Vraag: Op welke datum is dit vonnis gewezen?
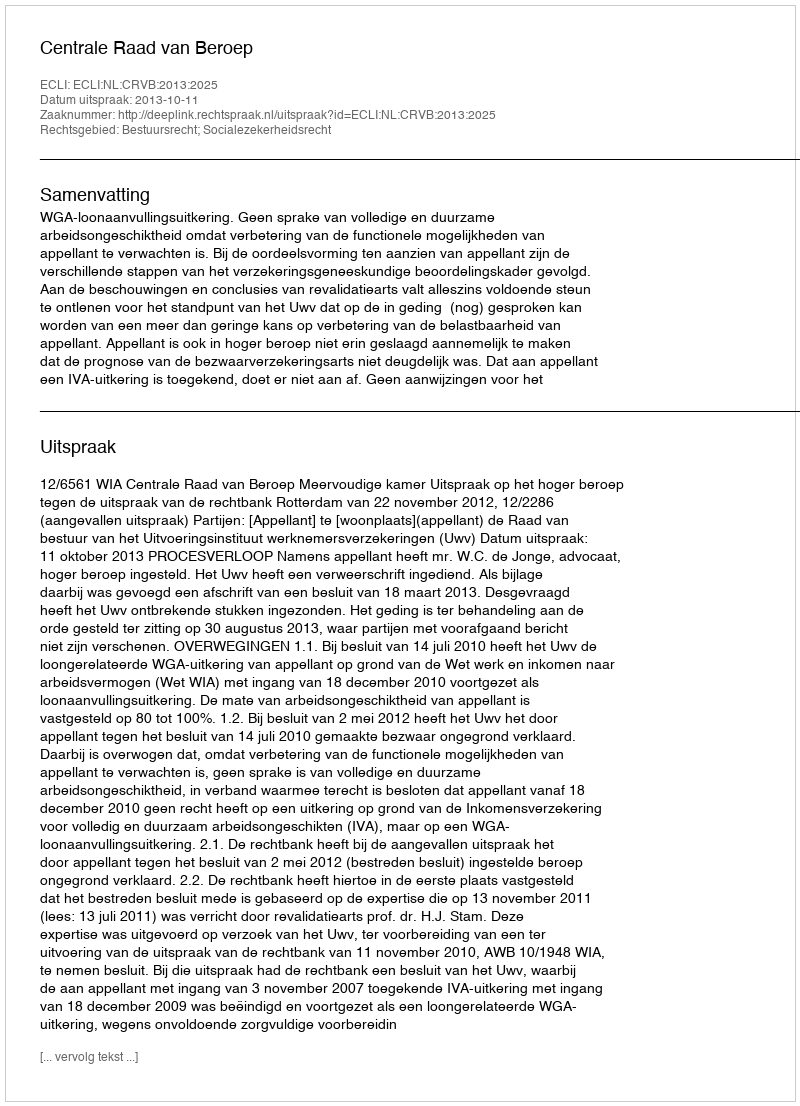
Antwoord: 2013-10-11